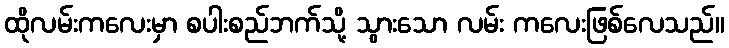
ထိုလမ်းကလေးမှာ စပါးစည်ဘက်သို့ သွားသော လမ်း ကလေးဖြစ်လေသည်။